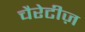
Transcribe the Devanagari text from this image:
चैरेटीज़